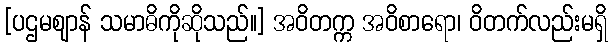
[ပဌမဈာန် သမာဓိကိုဆိုသည်။] အဝိတက္က အဝိစာရော၊ ဝိတက်လည်းမရှိ